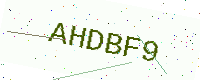
Text: AHDBF9